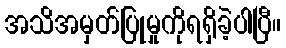
အသိအမှတ်ပြုမှုကိုရရှိခဲ့ပါပြီ။